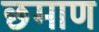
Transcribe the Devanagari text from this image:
छमाण